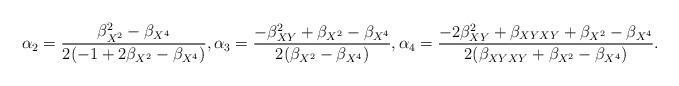
LaTeX: \begin{align*}\alpha_2=\frac{\beta_{X^2}^2-\beta_{X^4}}{2(-1+2\beta_{X^2}-\beta_{X^4})},\alpha_3=\frac{-\beta_{XY}^2+\beta_{X^2}-\beta_{X^4}}{2(\beta_{X^2}-\beta_{X^4})},\alpha_4=\frac{-2\beta_{XY}^2+\beta_{XYXY}+\beta_{X^2}-\beta_{X^4}}{2(\beta_{XYXY}+\beta_{X^2}-\beta_{X^4})}.\end{align*}